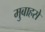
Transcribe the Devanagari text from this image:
मुबाहसे